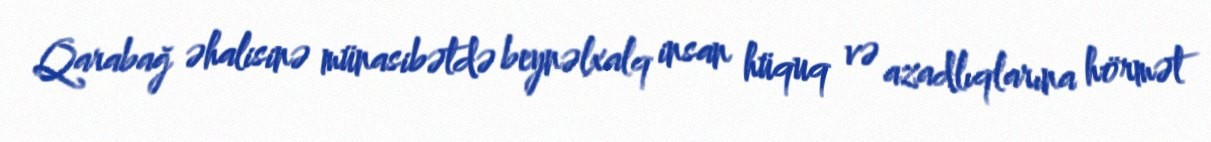
Qarabağ əhalisinə münasibətdə beynəlxalq insan hüquq və azadlıqlarına hörmət